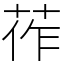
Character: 莋